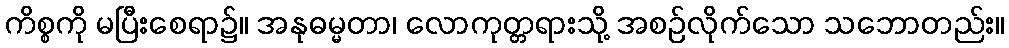
ကိစ္စကို မပြီးစေရာ၌။ အနုဓမ္မတာ၊ လောကုတ္တရားသို့ အစဉ်လိုက်သော သဘောတည်း။